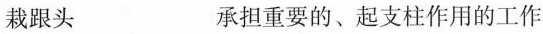
栽跟头 承担重要的、起支柱作用的工作